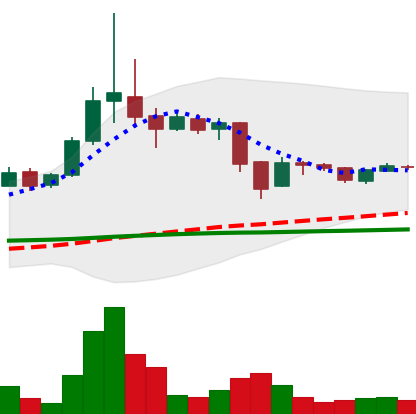
Ticker: BTC-USD
Chart end date: 2015-11-18
Forward return: -3.45%
Label: down_3_5